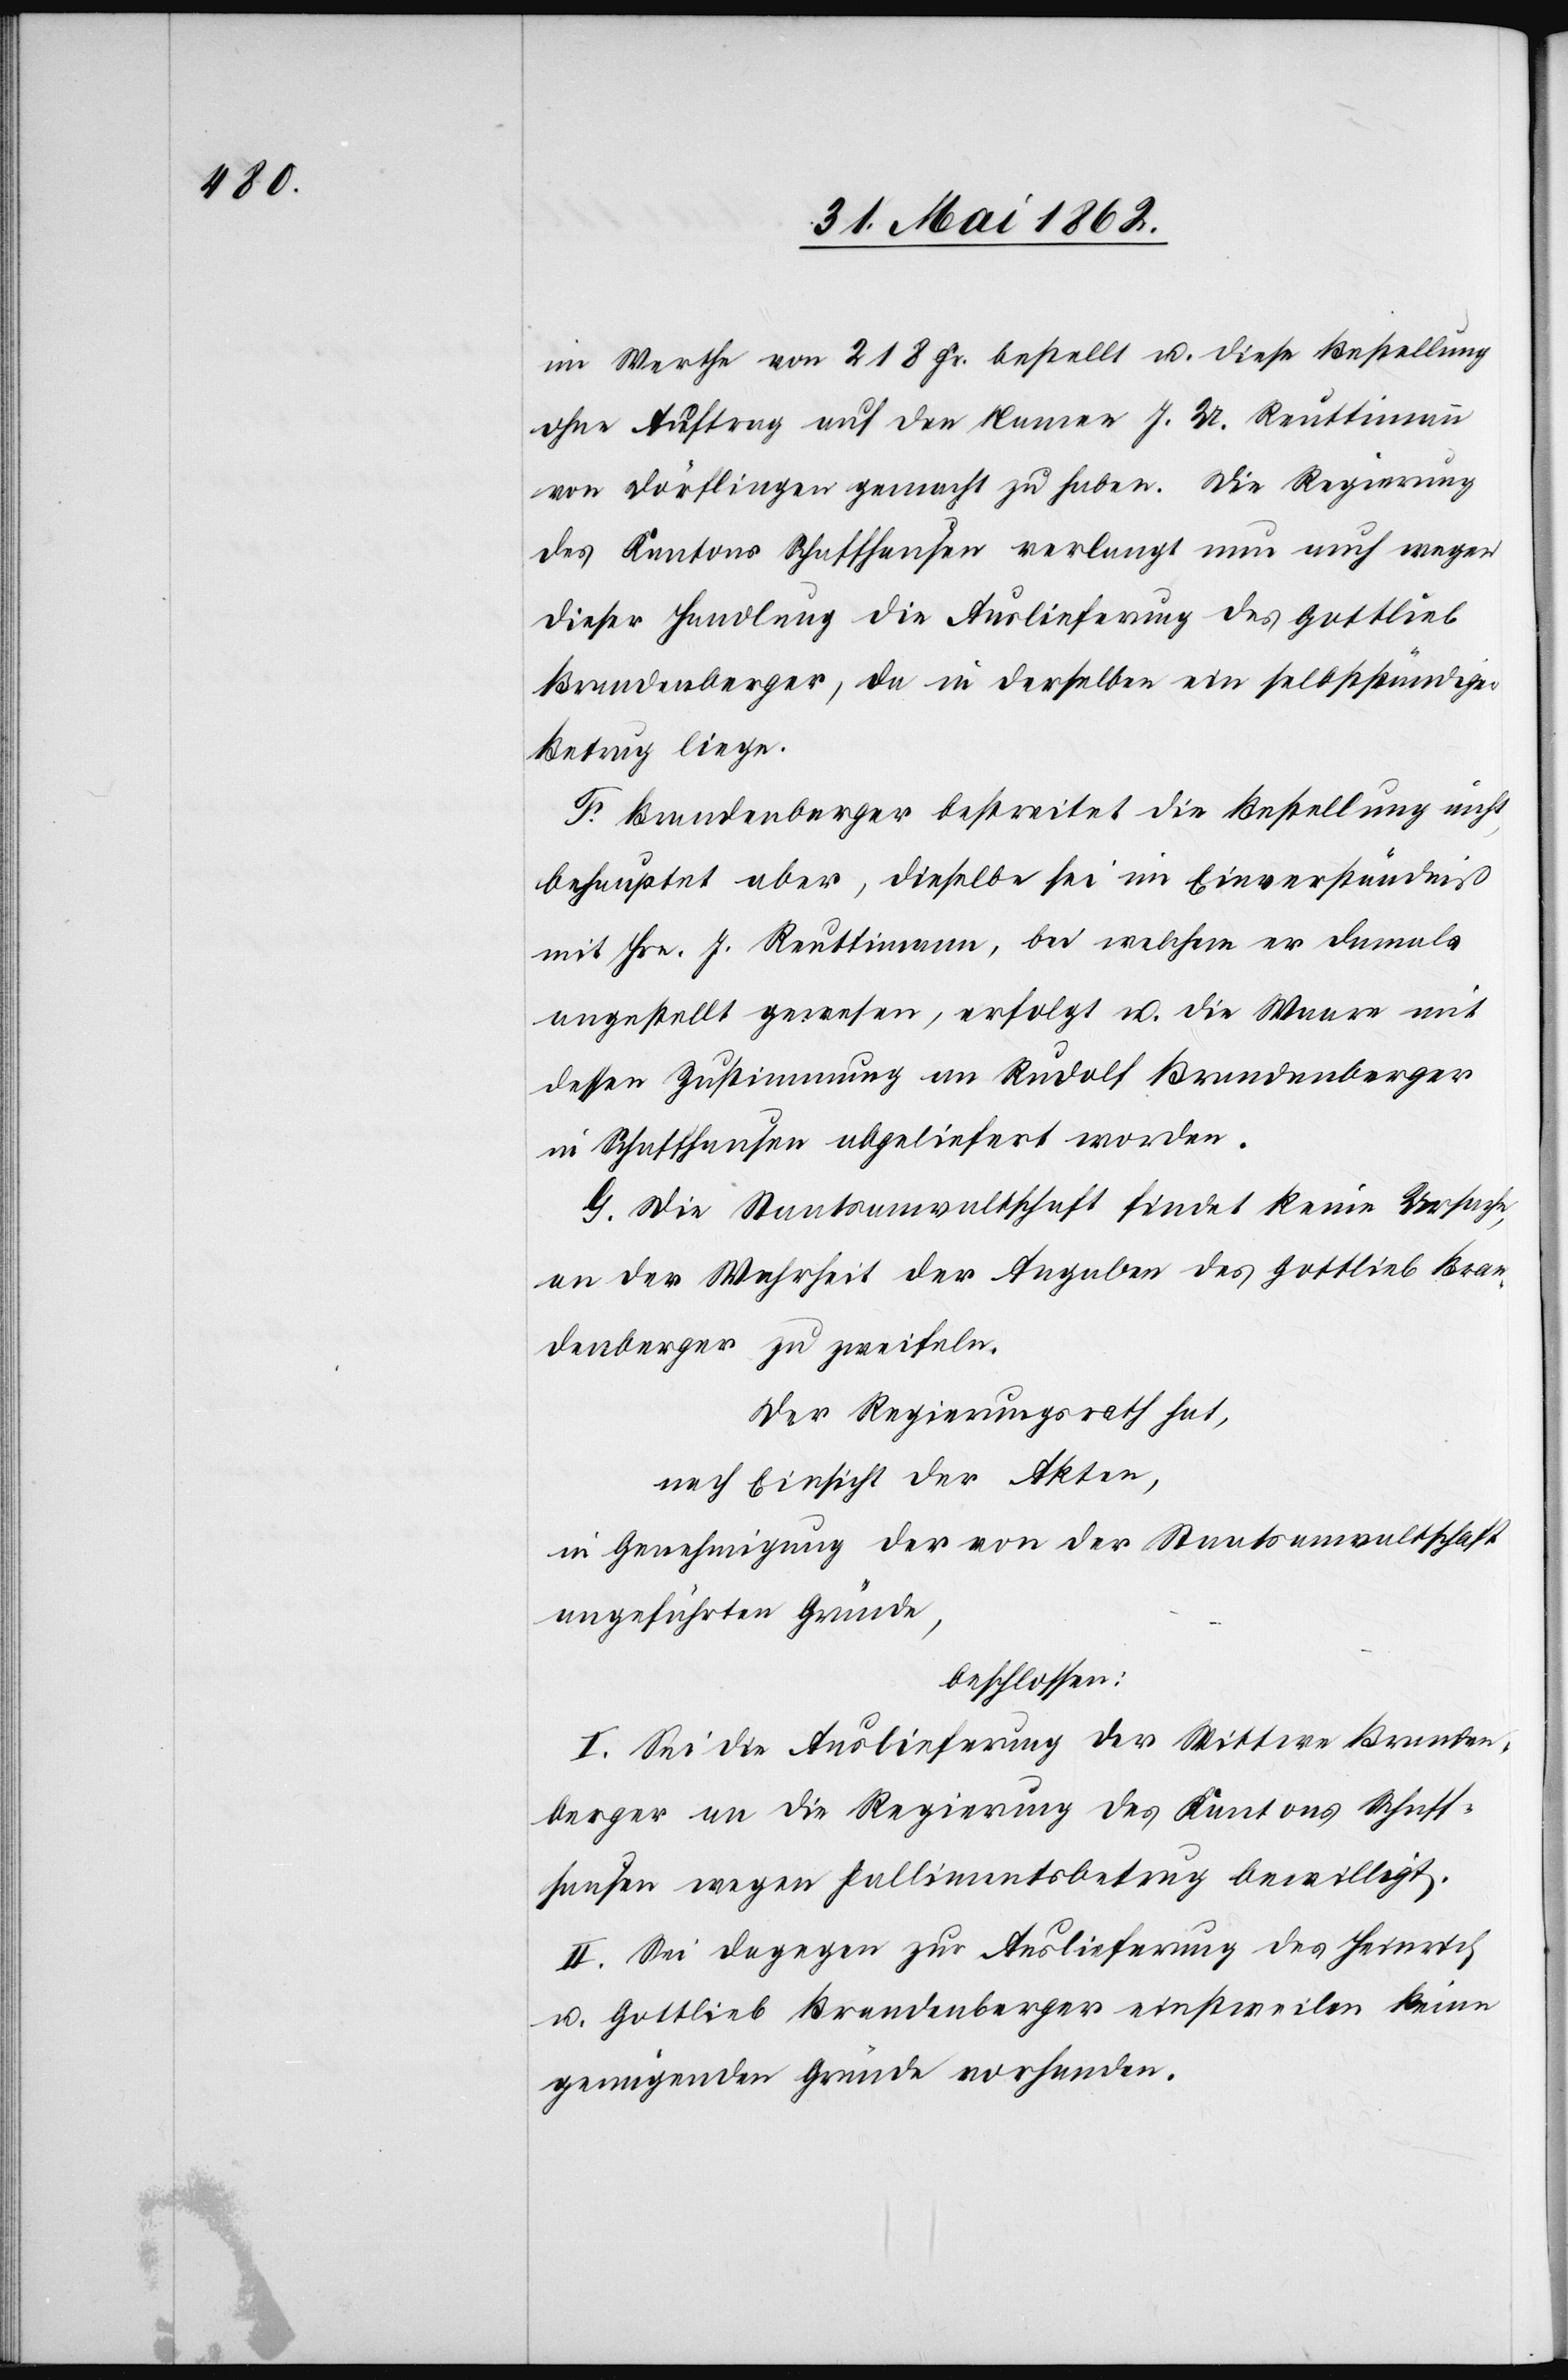
im Werthe von 218 Fr. bestellt u. diese Bestellung
ohne Auftrag auf den Namen J. A. Reuttimann
von Dörflingen gemacht zu haben. Die Regierung
des Kantons Schaffhausen verlangt nun auch wegen
dieser Handlung die Auslieferung des Gottleib
Brandenberger, da in derselben ein selbstständiger
Betrug liege.
F. Brandenberger bestreitet die Bestellung nicht,
behauptet aber, dieselbe sei im Einverständniß
mit Hrn. J. Reuttimann, bei welchem er damals
angestellt gewesen, erfolgt u. die Waare mit
dessen Zustimmung an Rudolf Brandenberger
in Schaffhausen abgeliefert worden.
G. Die Staatsanwaltschaft findet keine Ursache,
an der Wahrheit der Angaben des Gottlieb Bran¬
denberger zu zweifeln.
Der Regierungsrath hat,
nach Einsicht der Akten,
in Genehmigung der von der Staatsanwaltschaft
angeführten Gründe,
beschlossen:
I. Sei die Auslieferung der Wittwe Branden¬
berger an die Regierung des Kantons Schaff¬
hausen wegen Fallimentsbetrug bewilligt.
II. Sei dagegen zur Auslieferung des Heinrich
u. Gottlieb Brandenberger einstweilen keine
genügenden Gründe vorhanden.